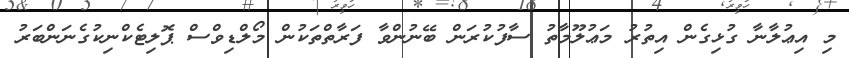
މި އިޢުލާނާ ގުޅިގެން އިތުރު މަޢުލޫމާތު ސާފުކުރަން ބޭނުންވާ ފަރާތްތަކުން މޯލްޑިވްސް ޕޮލިޓެކްނިކުގެނަންބަރު